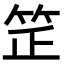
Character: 𥬛